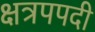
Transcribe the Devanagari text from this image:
क्षत्रपपदी